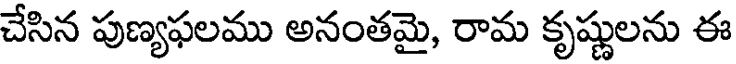
చేసిన పుణ్యఫలము అనంతమై, రామ కృష్ణులను ఈ